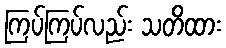
ကြပ်ကြပ်လည်း သတိထား